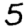
Digit: 5